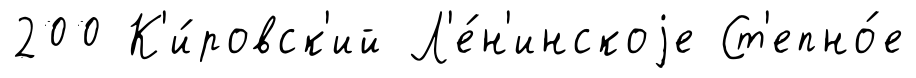
200 К'и́ровск'ий Л'е́н'инскоjе Ст'епно́е